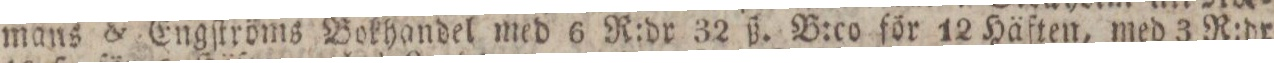
mans & Engſtröms Bokhandel med 6 R:dr 32 ß. B:co för 12 Häften, med 3 R:dr